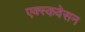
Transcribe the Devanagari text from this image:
एक्स्कवेसन